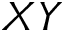
X Y